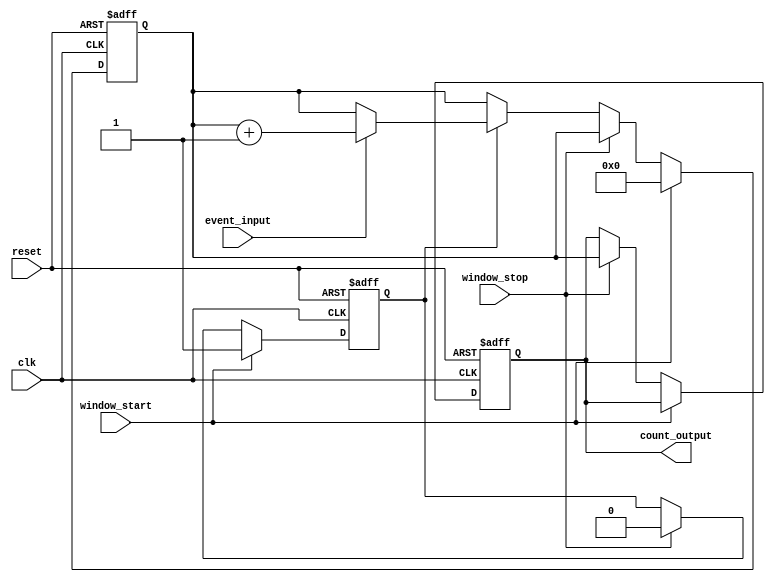
module windowed_counter #(
    parameter COUNTER_WIDTH = 8  // Adjustable counter width (8-bit by default)
)(
    input wire clk,               // Clock signal
    input wire reset,             // Asynchronous reset signal
    input wire event_input,       // Input event signal (rising edge)
    input wire window_start,       // Signal to start the counting window
    input wire window_stop,        // Signal to stop the counting window
    output reg [COUNTER_WIDTH-1:0] count_output // Current count value output
);

    // Internal registers
    reg [COUNTER_WIDTH-1:0] count; // Counter register
    reg counting;                  // State to indicate counting mode

    // Asynchronous reset and state management
    always @(posedge clk or posedge reset) begin
        if (reset) begin
            count <= 0;            // Clear count on reset
            count_output <= 0;     // Clear output on reset
            counting <= 0;         // Reset counting state
        end else begin
            if (window_start) begin
                count <= 0;        // Reset count on window start
                counting <= 1;     // Set counting state
            end else if (window_stop) begin
                count_output <= count; // Latch current count on window stop
                counting <= 0;     // Clear counting state
            end else if (counting) begin
                // Edge detection for event input
                if (event_input) begin
                    count <= count + 1; // Increment count on event
                end
            end
        end
    end

endmodule